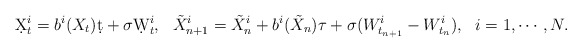
\begin{align*}\d X_t^i = b^i(X_t)\d t + \sigma\d W_t^i,~~\tilde X_{n+1}^i = \tilde X_n^i + b^i(\tilde X_n)\tau + \sigma (W_{t_{n+1}}^i-W_{t_n}^i),~~i=1,\cdots,N.\end{align*}